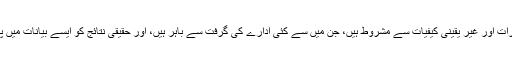
مستقبل کے حوالے سے یہ بیانات مختلف خطرات اور غیر یقینی کیفیات سے مشروط ہیں، جن میں سے کئی ادارے کی گرفت سے باہر ہیں، اور حقیقی نتائج کو ایسے بیانات میں پیش کردہ نتائج سے قطعاً تبدیل کر سکتے ہیں۔